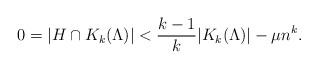
LaTeX: \begin{align*} 0 = |H \cap K_k(\Lambda)| < \frac{k-1}{k} |K_k(\Lambda)| - \mu n^k.\end{align*}